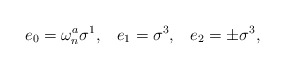
\begin{align*}e_0 = \omega_n^a \sigma^1,\;\;\; e_1 = \sigma^3,\;\;\; e_2 = \pm \sigma^3,\end{align*}